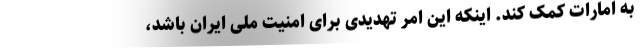
به امارات کمک کند. اینکه این امر تهدیدی برای امنیت ملی ایران باشد،